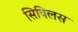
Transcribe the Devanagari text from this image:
सिविलस